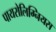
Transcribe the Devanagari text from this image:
पायरोलिग्नियस